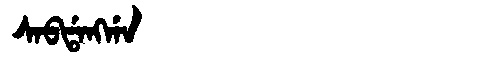
Manchu: ᠰᠠᠪᡩᠠᠩᡤᠠ
Romanization: SABDANGGA